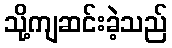
သို့ကျဆင်းခဲ့သည်